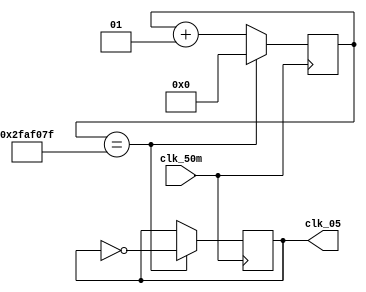
module Clk_05(clk_50m,clk_05);
input clk_50m;
output reg clk_05;
integer cnt;//

//
always@(posedge clk_50m)
if(cnt == 49_999_999)begin
cnt<=0;clk_05=~clk_05;
end
else
cnt<=cnt+1;

endmodule